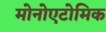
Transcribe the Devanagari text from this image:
मोनोएटोमिक